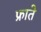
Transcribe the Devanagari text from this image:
फ्राते